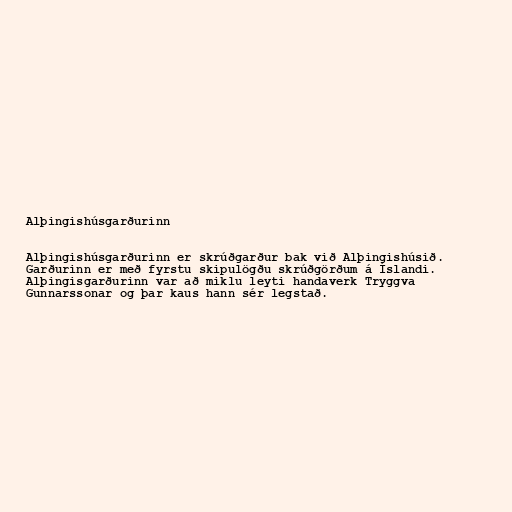
Alþingishúsgarðurinn

Alþingishúsgarðurinn er skrúðgarður bak við Alþingishúsið.
Garðurinn er með fyrstu skipulögðu skrúðgörðum á Íslandi.
Alþingisgarðurinn var að miklu leyti handaverk Tryggva
Gunnarssonar og þar kaus hann sér legstað.